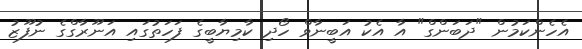
އެހެންކަމުން "ދަބަންގް" އާ އެކު އަބީނާވް ހޯދި ކާމިޔާބީގެ ފަހަތުގައި އަނޫރާގްގެ ނުފޫޒު